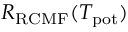
R _ { \mathrm { R C M F } } ( T _ { \mathrm { p o t } } )